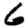
Digit: 6